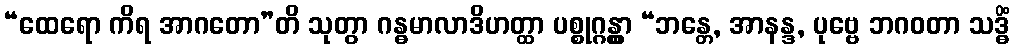
“ထေရော ကိရ အာဂတော”တိ သုတွာ ဂန္ဓမာလာဒိဟတ္ထာ ပစ္စုဂ္ဂန္တွာ “ဘန္တေ, အာနန္ဒ, ပုဗ္ဗေ ဘဂဝတာ သဒ္ဓိံ